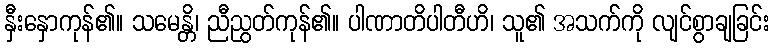
နှီးနှောကုန်၏။ သမေန္တိ၊ ညီညွတ်ကုန်၏။ ပါဏာတိပါတီဟိ၊ သူ၏ အသက်ကို လျင်စွာချခြင်း